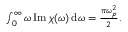
\begin{array} { r } { \int _ { 0 } ^ { \infty } \omega \operatorname { I m } \chi ( \omega ) \, \mathrm { d } \omega = \frac { \pi \omega _ { p } ^ { 2 } } { 2 } . } \end{array}